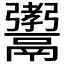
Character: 𩱞